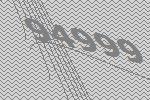
94999